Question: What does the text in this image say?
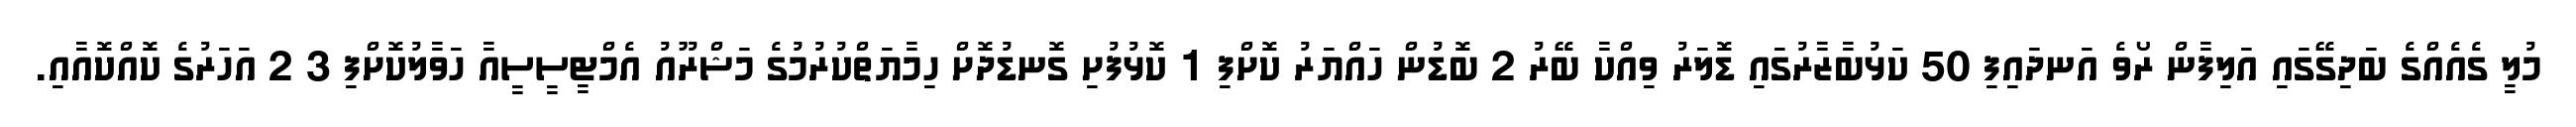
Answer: މުލީ ގެއެއްގެ ބަދިގޭގައި އަލިފާން ރޯވެ އަނދައިފި 50 ކަޅުބާޒާރުގައި ޑޮލަރު ވިއްކާ ބޭރު 2 ބޮޑުން ހައްޔަރު ކޮށްފި 1 ކޮޅުފުށި ގޮނޑުދޮށް ހިމާޔަތްކުރުމުގެ މަޝްރޫއު އެމްޓީސީސީއާ ހަވާލުކޮށްފި 3 2 އަހަރުގެ ކޮއްކޮއާއި.